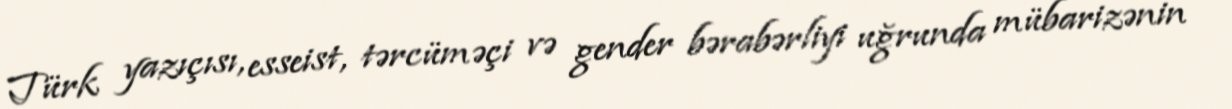
Türk yazıçısı, esseist, tərcüməçi və gender bərabərliyi uğrunda mübarizənin